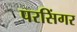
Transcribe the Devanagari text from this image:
परसिंगर